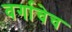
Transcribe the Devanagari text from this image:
वर्गाचेच